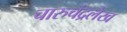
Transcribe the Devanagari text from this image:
चारुचंद्रलेख